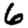
Digit: 6